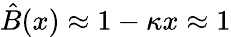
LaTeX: \hat{B}(x)\approx 1-\kappa x\approx 1